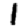
Digit: 1